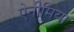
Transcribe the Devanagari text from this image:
ऐनीमिया